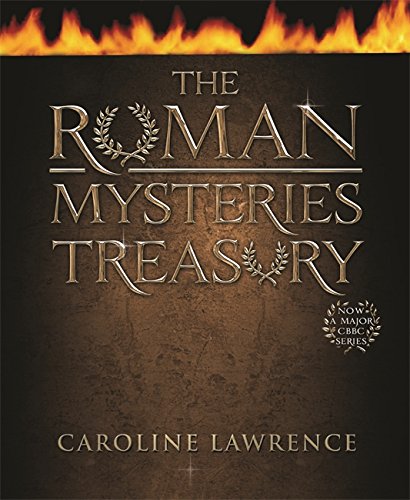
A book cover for The Roman Mysteries Treasury; Caroline Lawrence; Teen & Young Adult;